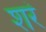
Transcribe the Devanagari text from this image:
शरं